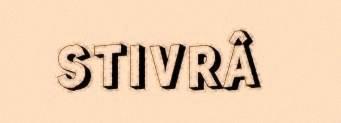
STIVRÂ